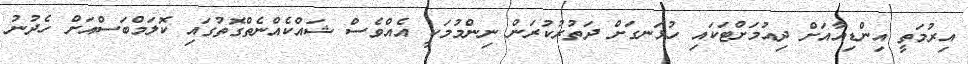
އިރުމަތީ އިންޑިއާއަށް ދިއުމަށްޓަކައި ހުޅަނގަށް ދަތުރުކުރަން ނިންމުމަކީ އެއްވެސް ޝައްކެއްނެތްގޮތުގައި ކޮލަމްބަސްއަށް ހެދުނު